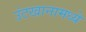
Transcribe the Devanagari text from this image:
उंटखानामध्ये